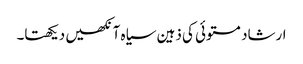
ارشاد مستوئی کی ذہین سیاہ آنکھیں دیکھتا۔